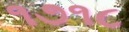
૧૭૧૮